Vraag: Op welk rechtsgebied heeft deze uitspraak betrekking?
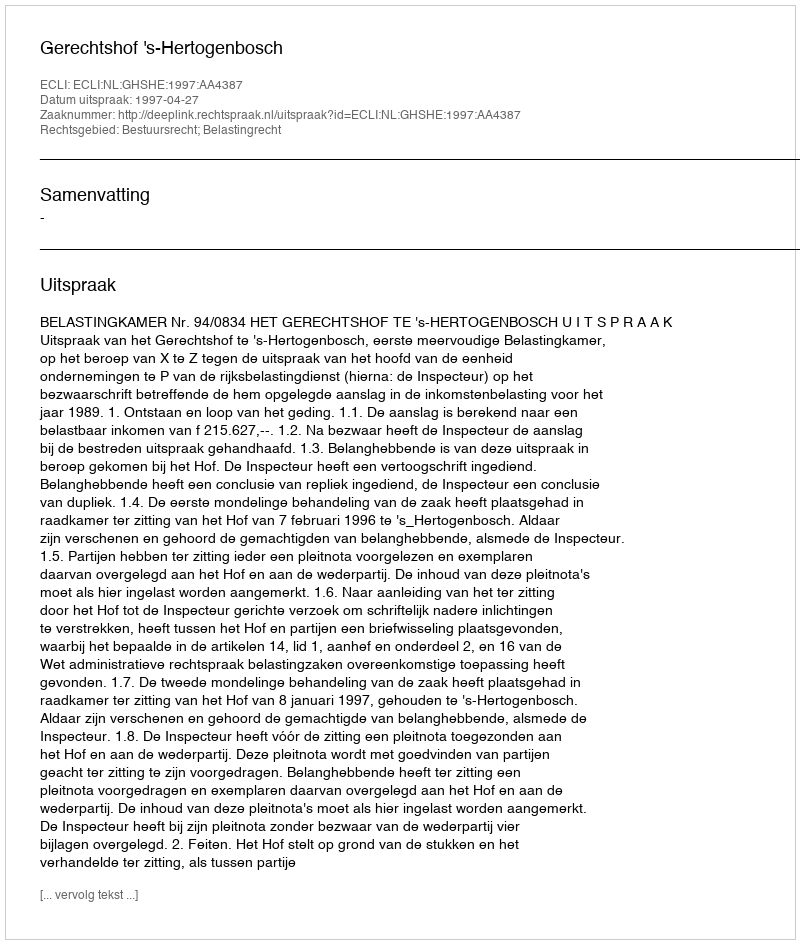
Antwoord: Bestuursrecht; Belastingrecht